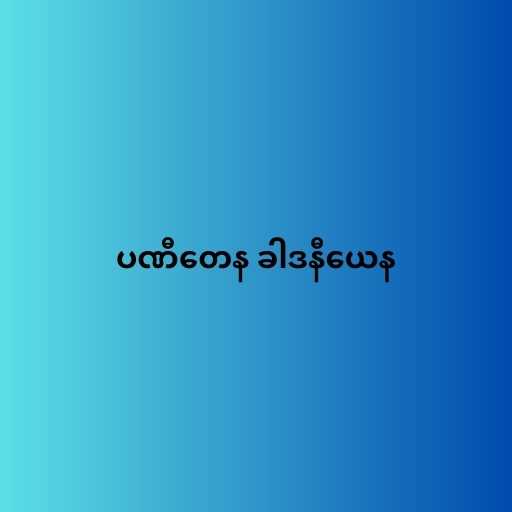
ပဏီတေန ခါဒနီယေန